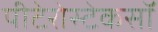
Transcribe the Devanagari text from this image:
पीटेरोस्टेकसॉ